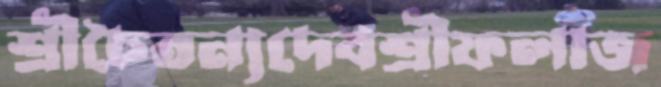
শ্রীচৈতন্যদেবশ্রীফলাজ